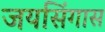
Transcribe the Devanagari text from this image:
जयसिंगास